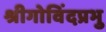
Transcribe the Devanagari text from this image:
श्रीगोविंदप्रभु